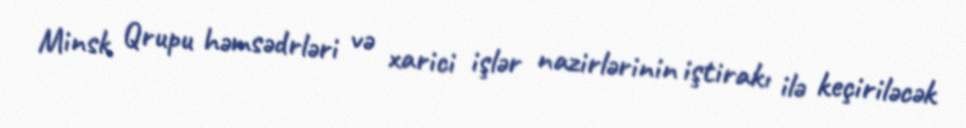
Minsk Qrupu həmsədrləri və xarici işlər nazirlərinin iştirakı ilə keçiriləcək